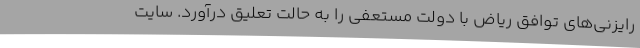
رایزنی‌های توافق ریاض با دولت مستعفی را به حالت تعلیق درآورد. سایت